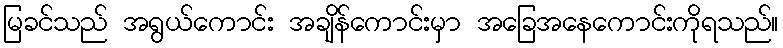
မြခင်သည် အရွယ်ကောင်း အချိန်ကောင်းမှာ အခြေအနေကောင်းကိုရသည်။